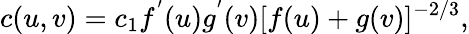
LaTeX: c(u,v)=c_{1}f^{'}(u)g^{'}(v)[f(u)+g(v)]^{-2/3},